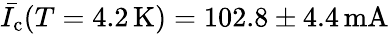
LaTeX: \bar{I_{\mathrm{c}}}(T=4.2\, \mathrm{K})=102.8\pm 4.4\, \mathrm{mA}